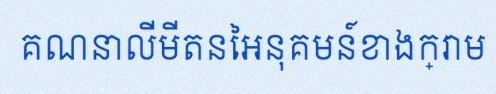
គណនាលីមីតនៃអនុគមន៍ខាងក្រោម